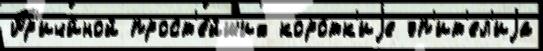
Пр'ичи́ной прост'е́йших коро́тк'иjе эп'ит'ел'иjа